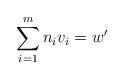
LaTeX: \begin{align*} \sum_{i=1}^{m} n_i v_i =w'\end{align*}